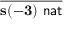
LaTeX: \frac { } { \mathbf { s ( - 3 ) } \, \, { \mathsf { n a t } } }